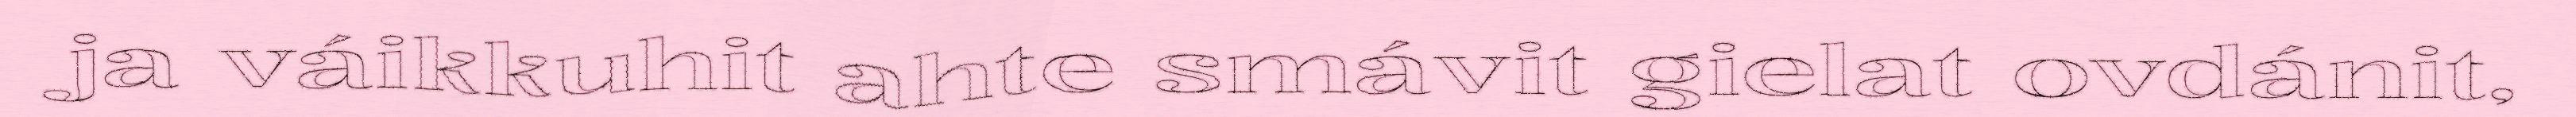
ja váikkuhit ahte smávit gielat ovdánit,